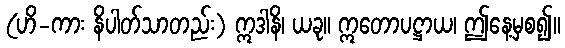
(ဟိ-ကား နိပါတ်သာတည်း) ဣဒါနိ၊ ယခု။ ဣတောပဋ္ဌာယ၊ ဤနေ့မှစ၍။